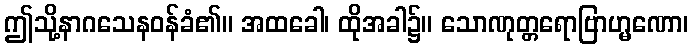
ဤသို့နာဂသေနဝန်ခံ၏။ အထခေါ၊ ထိုအခါ၌။ သောဏုတ္တရောဗြာဟ္မဏော၊